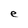
Character: e